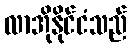
လာအိုနိုင်ငံသည်